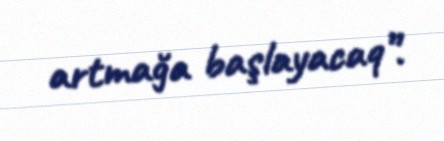
artmağa başlayacaq”.